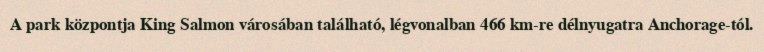
A park központja King Salmon városában található, légvonalban 466 km-re délnyugatra Anchorage-tól.